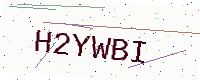
Text: H2YWBI